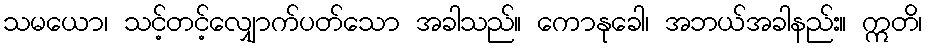
သမယော၊ သင့်တင့်လျှောက်ပတ်သော အခါသည်။ ကောနုခေါ၊ အဘယ်အခါနည်း။ ဣတိ၊